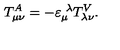
T _ { \mu \nu } ^ { A } = - \varepsilon _ { \mu } ^ { \ \lambda } T _ { \lambda \nu } ^ { V } .